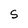
Character: S